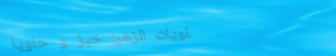
حلويات الزهر: خبز و حلويا